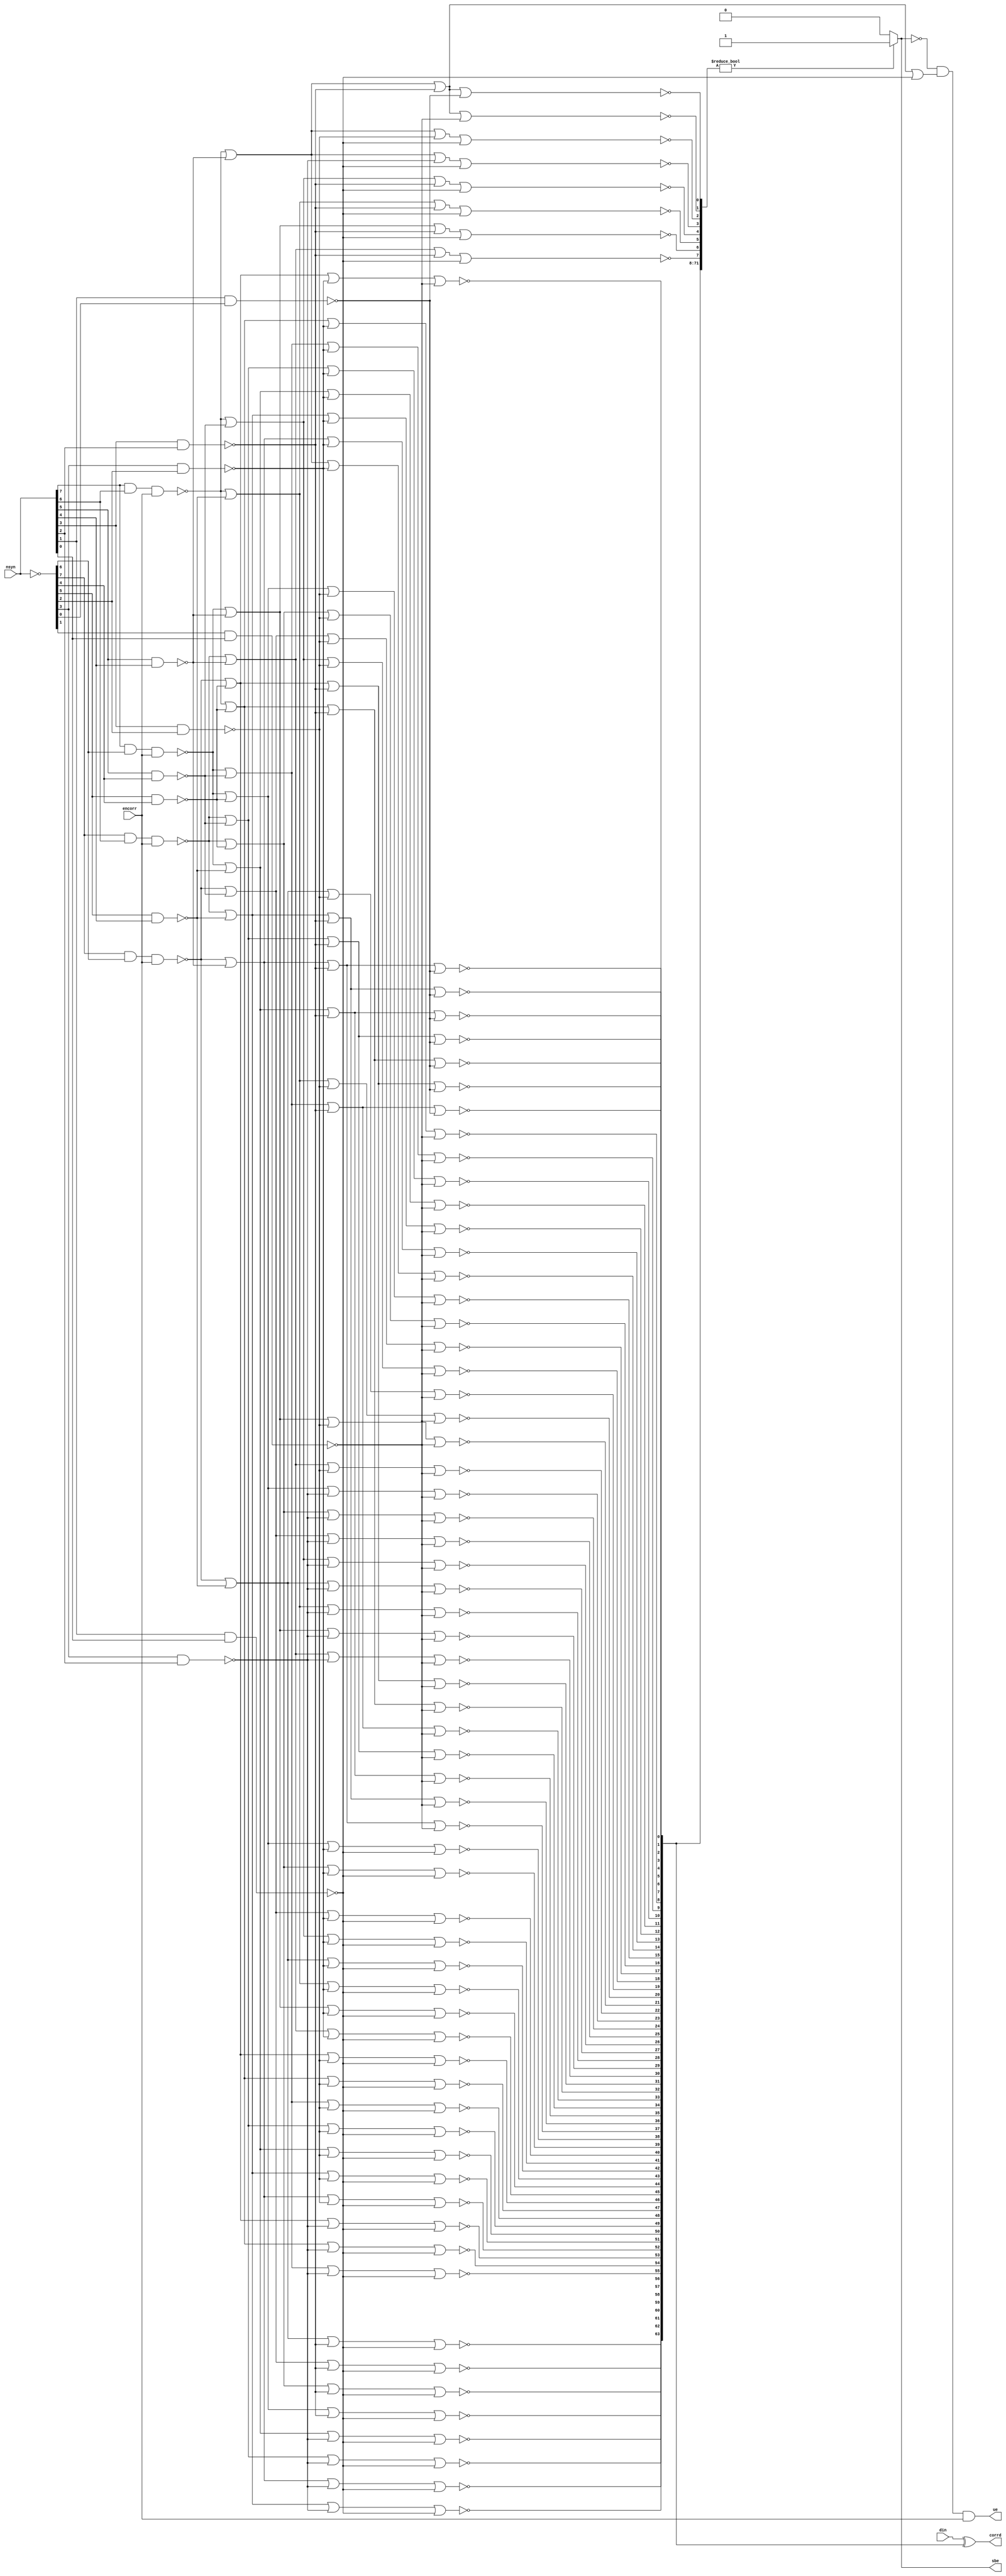
module tri_eccchk(
   din,
   encorr,
   nsyn,
   corrd,
   sbe,
   ue
);

   parameter                REGSIZE = 64;

   input [0:REGSIZE-1]      din;
   input                    encorr;
   input [0:8-(64/REGSIZE)] nsyn;
   output [0:REGSIZE-1]     corrd;
   output                   sbe;
   output                   ue;

      generate		// syndrome bits inverted
         if (REGSIZE == 64)
         begin : ecc64
            wire [0:7]                syn;
            wire [0:71]               DcdD;		// decode data bits
            wire                      synzero;
            wire                      sbe_int;
            wire [0:3]                A0to1;
            wire [0:3]                A2to3;
            wire [0:3]                A4to5;
            wire [0:2]                A6to7;

            // ====================================================================
            // 64 Data Bits, 8 Check bits
            // Single bit error correction, Double bit error detection
            // ====================================================================
            //                        ECC Matrix Description
            // ====================================================================
            // Syn 0   111011010011101001100101101101001100101101001011001101001110100110000000
            // Syn 1   110110101011010101010101011010101010101010101010101010101101010101000000
            // Syn 2   101101100110110011001100110110011001100110011001100110011011001100100000
            // Syn 3   011100011110001111000011110001111000011110000111100001111000111100010000
            // Syn 4   000011111110000000111111110000000111111110000000011111111000000000001000
            // Syn 5   000000000001111111111111110000000000000001111111111111111000000000000100
            // Syn 6   000000000000000000000000001111111111111111111111111111111000000000000010
            // Syn 7   000000000000000000000000000000000000000000000000000000000111111100000001

            assign syn = (~nsyn[0:7]);

            assign A0to1[0] = (~(nsyn[0] & nsyn[1] & encorr));
            assign A0to1[1] = (~(nsyn[0] &  syn[1] & encorr));
            assign A0to1[2] = (~( syn[0] & nsyn[1] & encorr));
            assign A0to1[3] = (~( syn[0] &  syn[1] & encorr));

            assign A2to3[0] = (~(nsyn[2] & nsyn[3]));
            assign A2to3[1] = (~(nsyn[2] &  syn[3]));
            assign A2to3[2] = (~( syn[2] & nsyn[3]));
            assign A2to3[3] = (~( syn[2] &  syn[3]));

            assign A4to5[0] = (~(nsyn[4] & nsyn[5]));
            assign A4to5[1] = (~(nsyn[4] &  syn[5]));
            assign A4to5[2] = (~( syn[4] & nsyn[5]));
            assign A4to5[3] = (~( syn[4] &  syn[5]));

            assign A6to7[0] = (~(nsyn[6] & nsyn[7]));
            assign A6to7[1] = (~(nsyn[6] &  syn[7]));
            assign A6to7[2] = (~( syn[6] & nsyn[7]));
            //assign A6to7[3] = (~( syn[6] &  syn[7]));

            assign DcdD[0]  = (~(A0to1[3] | A2to3[2] | A4to5[0] | A6to7[0]));		// 11 10 00 00
            assign DcdD[1]  = (~(A0to1[3] | A2to3[1] | A4to5[0] | A6to7[0]));		// 11 01 00 00
            assign DcdD[2]  = (~(A0to1[2] | A2to3[3] | A4to5[0] | A6to7[0]));		// 10 11 00 00
            assign DcdD[3]  = (~(A0to1[1] | A2to3[3] | A4to5[0] | A6to7[0]));		// 01 11 00 00
            assign DcdD[4]  = (~(A0to1[3] | A2to3[0] | A4to5[2] | A6to7[0]));		// 11 00 10 00
            assign DcdD[5]  = (~(A0to1[2] | A2to3[2] | A4to5[2] | A6to7[0]));		// 10 10 10 00
            assign DcdD[6]  = (~(A0to1[1] | A2to3[2] | A4to5[2] | A6to7[0]));		// 01 10 10 00
            assign DcdD[7]  = (~(A0to1[2] | A2to3[1] | A4to5[2] | A6to7[0]));		// 10 01 10 00
            assign DcdD[8]  = (~(A0to1[1] | A2to3[1] | A4to5[2] | A6to7[0]));		// 01 01 10 00
            assign DcdD[9]  = (~(A0to1[0] | A2to3[3] | A4to5[2] | A6to7[0]));		// 00 11 10 00
            assign DcdD[10] = (~(A0to1[3] | A2to3[3] | A4to5[2] | A6to7[0]));		// 11 11 10 00
            assign DcdD[11] = (~(A0to1[3] | A2to3[0] | A4to5[1] | A6to7[0]));		// 11 00 01 00
            assign DcdD[12] = (~(A0to1[2] | A2to3[2] | A4to5[1] | A6to7[0]));		// 10 10 01 00
            assign DcdD[13] = (~(A0to1[1] | A2to3[2] | A4to5[1] | A6to7[0]));		// 01 10 01 00
            assign DcdD[14] = (~(A0to1[2] | A2to3[1] | A4to5[1] | A6to7[0]));		// 10 01 01 00
            assign DcdD[15] = (~(A0to1[1] | A2to3[1] | A4to5[1] | A6to7[0]));		// 01 01 01 00
            assign DcdD[16] = (~(A0to1[0] | A2to3[3] | A4to5[1] | A6to7[0]));		// 00 11 01 00
            assign DcdD[17] = (~(A0to1[3] | A2to3[3] | A4to5[1] | A6to7[0]));		// 11 11 01 00
            assign DcdD[18] = (~(A0to1[2] | A2to3[0] | A4to5[3] | A6to7[0]));		// 10 00 11 00
            assign DcdD[19] = (~(A0to1[1] | A2to3[0] | A4to5[3] | A6to7[0]));		// 01 00 11 00
            assign DcdD[20] = (~(A0to1[0] | A2to3[2] | A4to5[3] | A6to7[0]));		// 00 10 11 00
            assign DcdD[21] = (~(A0to1[3] | A2to3[2] | A4to5[3] | A6to7[0]));		// 11 10 11 00
            assign DcdD[22] = (~(A0to1[0] | A2to3[1] | A4to5[3] | A6to7[0]));		// 00 01 11 00
            assign DcdD[23] = (~(A0to1[3] | A2to3[1] | A4to5[3] | A6to7[0]));		// 11 01 11 00
            assign DcdD[24] = (~(A0to1[2] | A2to3[3] | A4to5[3] | A6to7[0]));		// 10 11 11 00
            assign DcdD[25] = (~(A0to1[1] | A2to3[3] | A4to5[3] | A6to7[0]));		// 01 11 11 00
            assign DcdD[26] = (~(A0to1[3] | A2to3[0] | A4to5[0] | A6to7[2]));		// 11 00 00 10
            assign DcdD[27] = (~(A0to1[2] | A2to3[2] | A4to5[0] | A6to7[2]));		// 10 10 00 10
            assign DcdD[28] = (~(A0to1[1] | A2to3[2] | A4to5[0] | A6to7[2]));		// 01 10 00 10
            assign DcdD[29] = (~(A0to1[2] | A2to3[1] | A4to5[0] | A6to7[2]));		// 10 01 00 10
            assign DcdD[30] = (~(A0to1[1] | A2to3[1] | A4to5[0] | A6to7[2]));		// 01 01 00 10
            assign DcdD[31] = (~(A0to1[0] | A2to3[3] | A4to5[0] | A6to7[2]));		// 00 11 00 10
            assign DcdD[32] = (~(A0to1[3] | A2to3[3] | A4to5[0] | A6to7[2]));		// 11 11 00 10
            assign DcdD[33] = (~(A0to1[2] | A2to3[0] | A4to5[2] | A6to7[2]));		// 10 00 10 10
            assign DcdD[34] = (~(A0to1[1] | A2to3[0] | A4to5[2] | A6to7[2]));		// 01 00 10 10
            assign DcdD[35] = (~(A0to1[0] | A2to3[2] | A4to5[2] | A6to7[2]));		// 00 10 10 10
            assign DcdD[36] = (~(A0to1[3] | A2to3[2] | A4to5[2] | A6to7[2]));		// 11 10 10 10
            assign DcdD[37] = (~(A0to1[0] | A2to3[1] | A4to5[2] | A6to7[2]));		// 00 01 10 10
            assign DcdD[38] = (~(A0to1[3] | A2to3[1] | A4to5[2] | A6to7[2]));		// 11 01 10 10
            assign DcdD[39] = (~(A0to1[2] | A2to3[3] | A4to5[2] | A6to7[2]));		// 10 11 10 10
            assign DcdD[40] = (~(A0to1[1] | A2to3[3] | A4to5[2] | A6to7[2]));		// 01 11 10 10
            assign DcdD[41] = (~(A0to1[2] | A2to3[0] | A4to5[1] | A6to7[2]));		// 10 00 01 10
            assign DcdD[42] = (~(A0to1[1] | A2to3[0] | A4to5[1] | A6to7[2]));		// 01 00 01 10
            assign DcdD[43] = (~(A0to1[0] | A2to3[2] | A4to5[1] | A6to7[2]));		// 00 10 01 10
            assign DcdD[44] = (~(A0to1[3] | A2to3[2] | A4to5[1] | A6to7[2]));		// 11 10 01 10
            assign DcdD[45] = (~(A0to1[0] | A2to3[1] | A4to5[1] | A6to7[2]));		// 00 01 01 10
            assign DcdD[46] = (~(A0to1[3] | A2to3[1] | A4to5[1] | A6to7[2]));		// 11 01 01 10
            assign DcdD[47] = (~(A0to1[2] | A2to3[3] | A4to5[1] | A6to7[2]));		// 10 11 01 10
            assign DcdD[48] = (~(A0to1[1] | A2to3[3] | A4to5[1] | A6to7[2]));		// 01 11 01 10
            assign DcdD[49] = (~(A0to1[0] | A2to3[0] | A4to5[3] | A6to7[2]));		// 00 00 11 10
            assign DcdD[50] = (~(A0to1[3] | A2to3[0] | A4to5[3] | A6to7[2]));		// 11 00 11 10
            assign DcdD[51] = (~(A0to1[2] | A2to3[2] | A4to5[3] | A6to7[2]));		// 10 10 11 10
            assign DcdD[52] = (~(A0to1[1] | A2to3[2] | A4to5[3] | A6to7[2]));		// 01 10 11 10
            assign DcdD[53] = (~(A0to1[2] | A2to3[1] | A4to5[3] | A6to7[2]));		// 10 01 11 10
            assign DcdD[54] = (~(A0to1[1] | A2to3[1] | A4to5[3] | A6to7[2]));		// 01 01 11 10
            assign DcdD[55] = (~(A0to1[0] | A2to3[3] | A4to5[3] | A6to7[2]));		// 00 11 11 10
            assign DcdD[56] = (~(A0to1[3] | A2to3[3] | A4to5[3] | A6to7[2]));		// 11 11 11 10
            assign DcdD[57] = (~(A0to1[3] | A2to3[0] | A4to5[0] | A6to7[1]));		// 11 00 00 01
            assign DcdD[58] = (~(A0to1[2] | A2to3[2] | A4to5[0] | A6to7[1]));		// 10 10 00 01
            assign DcdD[59] = (~(A0to1[1] | A2to3[2] | A4to5[0] | A6to7[1]));		// 01 10 00 01
            assign DcdD[60] = (~(A0to1[2] | A2to3[1] | A4to5[0] | A6to7[1]));		// 10 01 00 01
            assign DcdD[61] = (~(A0to1[1] | A2to3[1] | A4to5[0] | A6to7[1]));		// 01 01 00 01
            assign DcdD[62] = (~(A0to1[0] | A2to3[3] | A4to5[0] | A6to7[1]));		// 00 11 00 01
            assign DcdD[63] = (~(A0to1[3] | A2to3[3] | A4to5[0] | A6to7[1]));		// 11 11 00 01
            assign DcdD[64] = (~(A0to1[2] | A2to3[0] | A4to5[0] | A6to7[0]));		// 10 00 00 00
            assign DcdD[65] = (~(A0to1[1] | A2to3[0] | A4to5[0] | A6to7[0]));		// 01 00 00 00
            assign DcdD[66] = (~(A0to1[0] | A2to3[2] | A4to5[0] | A6to7[0]));		// 00 10 00 00
            assign DcdD[67] = (~(A0to1[0] | A2to3[1] | A4to5[0] | A6to7[0]));		// 00 01 00 00
            assign DcdD[68] = (~(A0to1[0] | A2to3[0] | A4to5[2] | A6to7[0]));		// 00 00 10 00
            assign DcdD[69] = (~(A0to1[0] | A2to3[0] | A4to5[1] | A6to7[0]));		// 00 00 01 00
            assign DcdD[70] = (~(A0to1[0] | A2to3[0] | A4to5[0] | A6to7[2]));		// 00 00 00 10
            assign DcdD[71] = (~(A0to1[0] | A2to3[0] | A4to5[0] | A6to7[1]));		// 00 00 00 01
            assign synzero  = (~(A0to1[0] | A2to3[0] | A4to5[0] | A6to7[0]));		// 00 00 00 00

            assign corrd[0:63] = din[0:63] ^ DcdD[0:63];

            assign sbe_int = (DcdD[0:71] != {72{1'b0}}) ? 1'b1 :
                             1'b0;
            assign sbe = sbe_int;
            assign ue = (~sbe_int) & (~synzero) & encorr;
         end
      endgenerate

      generate		// syndrome bits inverted
         if (REGSIZE == 32)
         begin : ecc32
            wire [0:6]                syn;
            wire [0:38]               DcdD;		// decode data bits
            wire                      synzero;
            wire                      sbe_int;
            wire [0:3]                A0to1;
            wire [0:3]                A2to3;
            wire [0:7]                A4to6;

            // ====================================================================
            // 32 Data Bits, 7 Check bits
            // Single bit error correction, Double bit error detection
            // ====================================================================
            //                        ECC Matrix Description
            // ====================================================================
            // Syn 0   111011010011101001100101101101001000000
            // Syn 1   110110101011010101010101011010100100000
            // Syn 2   101101100110110011001100110110010010000
            // Syn 3   011100011110001111000011110001110001000
            // Syn 4   000011111110000000111111110000000000100
            // Syn 5   000000000001111111111111110000000000010
            // Syn 6   000000000000000000000000001111110000001

            assign syn = (~nsyn[0:6]);

            assign A0to1[0] = (~(nsyn[0] & nsyn[1] & encorr));
            assign A0to1[1] = (~(nsyn[0] &  syn[1] & encorr));
            assign A0to1[2] = (~( syn[0] & nsyn[1] & encorr));
            assign A0to1[3] = (~( syn[0] &  syn[1] & encorr));

            assign A2to3[0] = (~(nsyn[2] & nsyn[3]));
            assign A2to3[1] = (~(nsyn[2] &  syn[3]));
            assign A2to3[2] = (~( syn[2] & nsyn[3]));
            assign A2to3[3] = (~( syn[2] &  syn[3]));

            assign A4to6[0] = (~(nsyn[4] & nsyn[5] & nsyn[6]));
            assign A4to6[1] = (~(nsyn[4] & nsyn[5] &  syn[6]));
            assign A4to6[2] = (~(nsyn[4] &  syn[5] & nsyn[6]));
            assign A4to6[3] = (~(nsyn[4] &  syn[5] &  syn[6]));
            assign A4to6[4] = (~( syn[4] & nsyn[5] & nsyn[6]));
            assign A4to6[5] = (~( syn[4] & nsyn[5] &  syn[6]));
            assign A4to6[6] = (~( syn[4] &  syn[5] & nsyn[6]));
            assign A4to6[7] = (~( syn[4] &  syn[5] &  syn[6]));

            assign DcdD[0]  = (~(A0to1[3] | A2to3[2] | A4to6[0]));		// 11 10 000
            assign DcdD[1]  = (~(A0to1[3] | A2to3[1] | A4to6[0]));		// 11 01 000
            assign DcdD[2]  = (~(A0to1[2] | A2to3[3] | A4to6[0]));		// 10 11 000
            assign DcdD[3]  = (~(A0to1[1] | A2to3[3] | A4to6[0]));		// 01 11 000
            assign DcdD[4]  = (~(A0to1[3] | A2to3[0] | A4to6[4]));		// 11 00 100
            assign DcdD[5]  = (~(A0to1[2] | A2to3[2] | A4to6[4]));		// 10 10 100
            assign DcdD[6]  = (~(A0to1[1] | A2to3[2] | A4to6[4]));		// 01 10 100
            assign DcdD[7]  = (~(A0to1[2] | A2to3[1] | A4to6[4]));		// 10 01 100
            assign DcdD[8]  = (~(A0to1[1] | A2to3[1] | A4to6[4]));		// 01 01 100
            assign DcdD[9]  = (~(A0to1[0] | A2to3[3] | A4to6[4]));		// 00 11 100
            assign DcdD[10] = (~(A0to1[3] | A2to3[3] | A4to6[4]));		// 11 11 100
            assign DcdD[11] = (~(A0to1[3] | A2to3[0] | A4to6[2]));		// 11 00 010
            assign DcdD[12] = (~(A0to1[2] | A2to3[2] | A4to6[2]));		// 10 10 010
            assign DcdD[13] = (~(A0to1[1] | A2to3[2] | A4to6[2]));		// 01 10 010
            assign DcdD[14] = (~(A0to1[2] | A2to3[1] | A4to6[2]));		// 10 01 010
            assign DcdD[15] = (~(A0to1[1] | A2to3[1] | A4to6[2]));		// 01 01 010
            assign DcdD[16] = (~(A0to1[0] | A2to3[3] | A4to6[2]));		// 00 11 010
            assign DcdD[17] = (~(A0to1[3] | A2to3[3] | A4to6[2]));		// 11 11 010
            assign DcdD[18] = (~(A0to1[2] | A2to3[0] | A4to6[6]));		// 10 00 110
            assign DcdD[19] = (~(A0to1[1] | A2to3[0] | A4to6[6]));		// 01 00 110
            assign DcdD[20] = (~(A0to1[0] | A2to3[2] | A4to6[6]));		// 00 10 110
            assign DcdD[21] = (~(A0to1[3] | A2to3[2] | A4to6[6]));		// 11 10 110
            assign DcdD[22] = (~(A0to1[0] | A2to3[1] | A4to6[6]));		// 00 01 110
            assign DcdD[23] = (~(A0to1[3] | A2to3[1] | A4to6[6]));		// 11 01 110
            assign DcdD[24] = (~(A0to1[2] | A2to3[3] | A4to6[6]));		// 10 11 110
            assign DcdD[25] = (~(A0to1[1] | A2to3[3] | A4to6[6]));		// 01 11 110
            assign DcdD[26] = (~(A0to1[3] | A2to3[0] | A4to6[1]));		// 11 00 001
            assign DcdD[27] = (~(A0to1[2] | A2to3[2] | A4to6[1]));		// 10 10 001
            assign DcdD[28] = (~(A0to1[1] | A2to3[2] | A4to6[1]));		// 01 10 001
            assign DcdD[29] = (~(A0to1[2] | A2to3[1] | A4to6[1]));		// 10 01 001
            assign DcdD[30] = (~(A0to1[1] | A2to3[1] | A4to6[1]));		// 01 01 001
            assign DcdD[31] = (~(A0to1[0] | A2to3[3] | A4to6[1]));		// 00 11 001
            assign DcdD[32] = (~(A0to1[2] | A2to3[0] | A4to6[0]));		// 10 00 000
            assign DcdD[33] = (~(A0to1[1] | A2to3[0] | A4to6[0]));		// 01 00 000
            assign DcdD[34] = (~(A0to1[0] | A2to3[2] | A4to6[0]));		// 00 10 000
            assign DcdD[35] = (~(A0to1[0] | A2to3[1] | A4to6[0]));		// 00 01 000
            assign DcdD[36] = (~(A0to1[0] | A2to3[0] | A4to6[4]));		// 00 00 100
            assign DcdD[37] = (~(A0to1[0] | A2to3[0] | A4to6[2]));		// 00 00 010
            assign DcdD[38] = (~(A0to1[0] | A2to3[0] | A4to6[1]));		// 00 00 001
            assign synzero  = (~(A0to1[0] | A2to3[0] | A4to6[0]));		// 00 00 000

            assign corrd[0:31] = din[0:31] ^ DcdD[0:31];

            assign sbe_int = (DcdD[0:38] != {39{1'b0}}) ? 1'b1 :
                             1'b0;
            assign sbe = sbe_int;
            assign ue = (~sbe_int) & (~synzero) & encorr;

            //mark_unused(A4to6(3));
            //mark_unused(A4to6(5));
            //mark_unused(A4to6(7));
         end
      endgenerate
endmodule